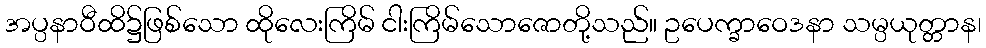
အပ္ပနာဝီထိ၌ဖြစ်သော ထိုလေးကြိမ် ငါးကြိမ်သောဇောတို့သည်။ ဥပေက္ခာဝေဒနာ သမ္ပယုတ္တာန၊